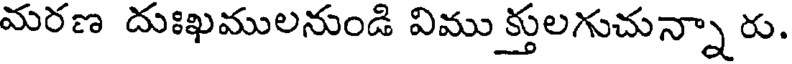
మరణ దుఃఖములనుండి విము క్తులగుచున్నా రు.